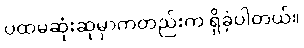
ပထမဆုံးဆုမှာကတည်းက ရှိခဲ့ပါတယ်။